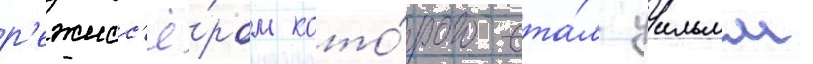
р'ежисс'ё́ром кото́рого ста́л уильям